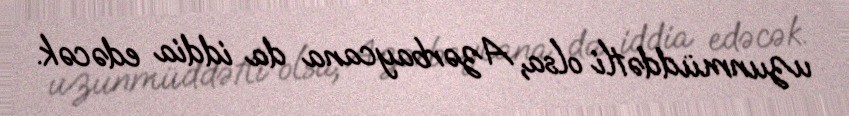
uzunmüddətli olsa, Azərbaycana da iddia edəcək.